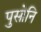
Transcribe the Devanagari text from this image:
पुसोनि